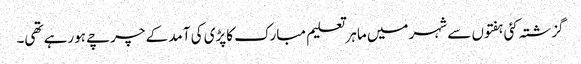
گزشتہ کئی ہفتوں سے شہر میں ماہر تعلیم مبارک کاپڑی کی آمد کے چرچے ہورہے تھی۔